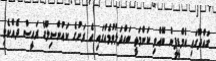
ގައްދޫގައި އެމްޑީޕީން ބޭއްވި ކަންމަތީ ބައްދަލުވުމެއްގައި އެ ރަށުގެ ކައުންސިލްގެ ރައީސް ދެއްކެވި